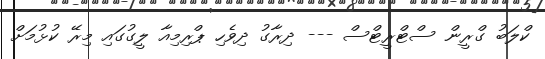
ކްލަބު ގްރީން ސްޓްރީޓްސް --- ދިރާގު ދިވެހި ޕްރިމިއާ ލީގުގައި މިރޭ ކުޅުމަށް